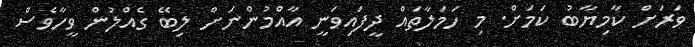
ވަރަށް ކާމިޔާބު ކަމަށް. މި ހަމަލާތައް ދީފައިވަނީ އާއްމުންނަށް ލިބޭ ގެއްލުން ވީހާވެސް